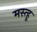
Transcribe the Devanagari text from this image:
मस्त्हू